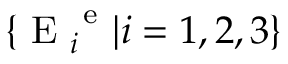
\{ \mathrm { ~ E ~ } _ { i } ^ { \mathrm { ~ e ~ } } | i = 1 , 2 , 3 \}